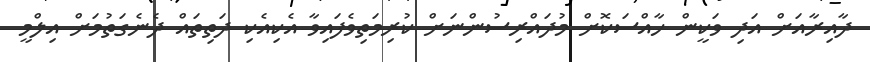
ދާއިރާއަށް އަދި ވަކީން ހާއްސަކޮށް މުދައްރިސުންނަށް ކުރިމަތިވެފައިވާ އެކިއެކި ދަތިތައް ދެނެގަތުމަށް އިލްމީ